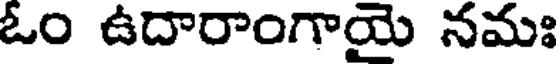
ఓం ఉదారాంగాయై నమః